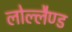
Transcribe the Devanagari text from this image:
लोल्लैण्ड